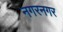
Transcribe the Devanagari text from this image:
नगरनगर